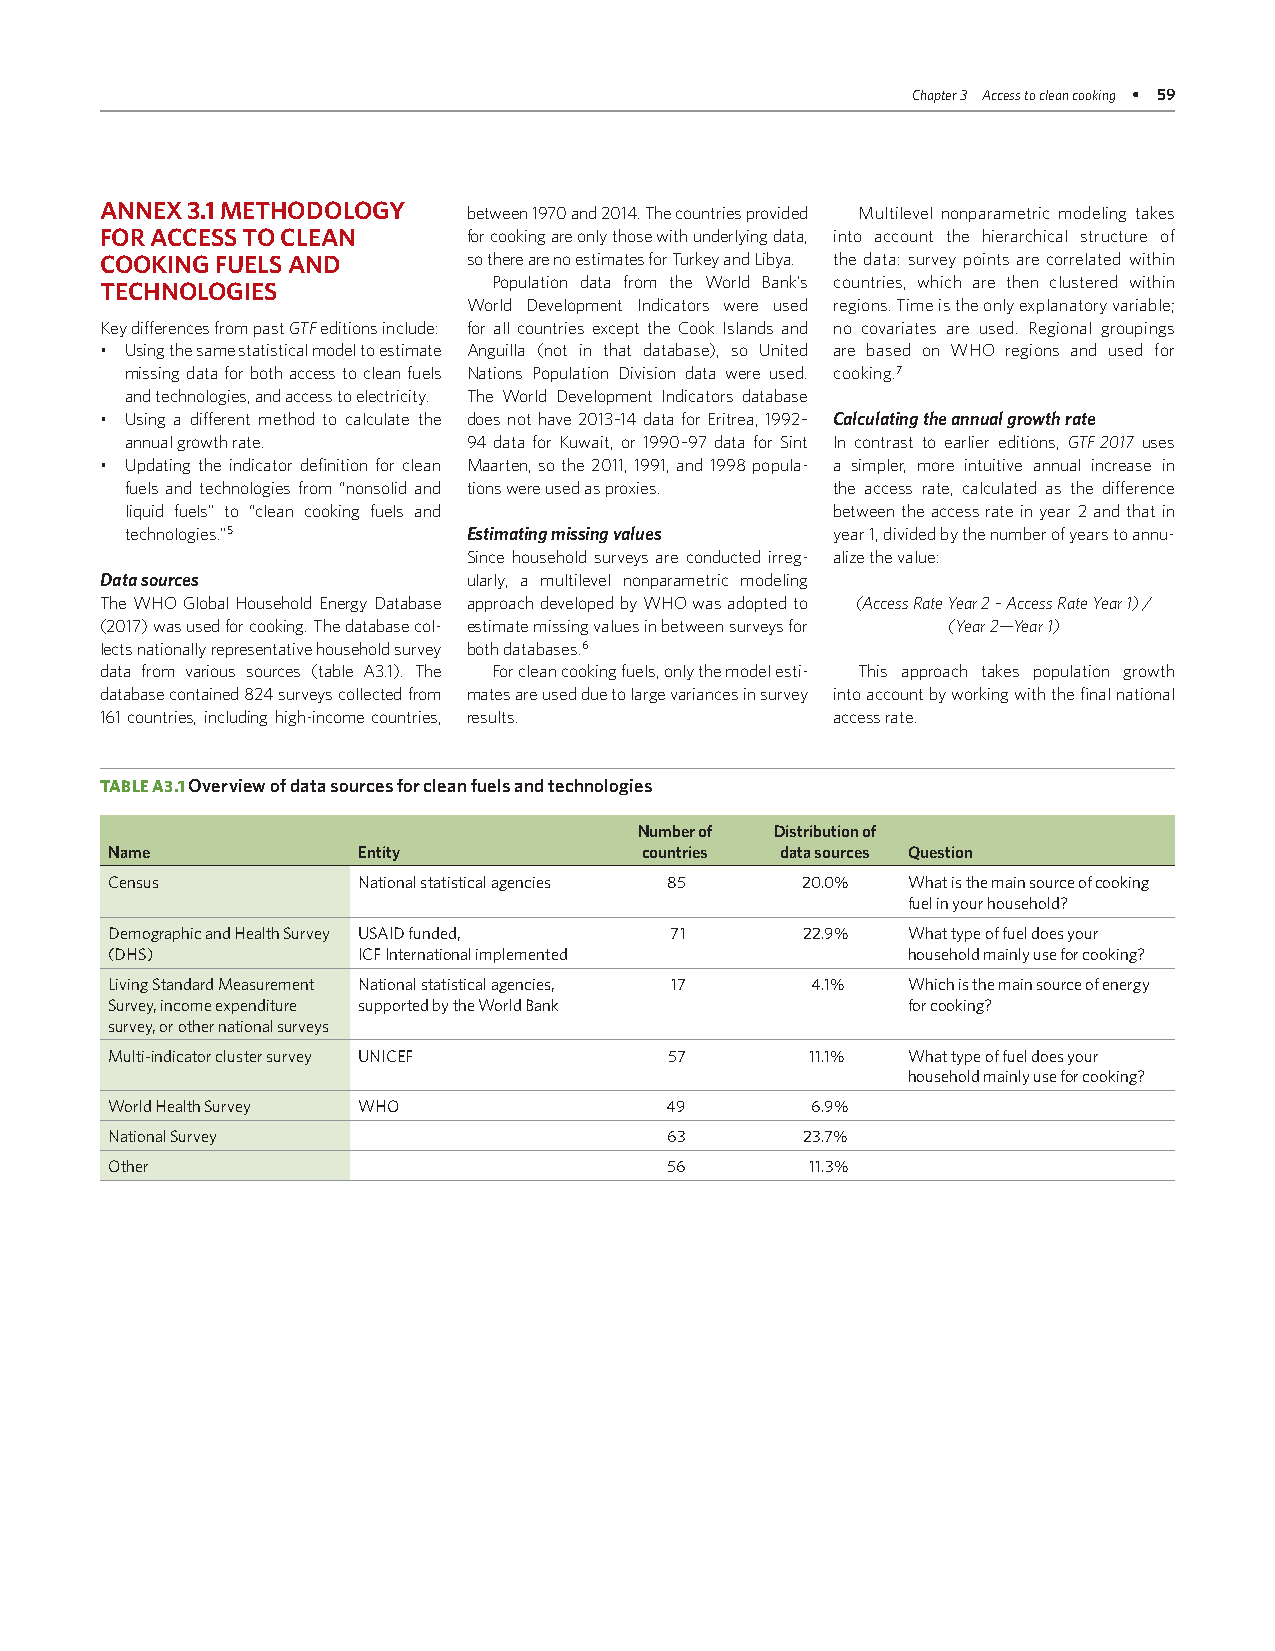
Chapter 3 Access to clean cooking • 59
 ANNEX 3.1 METHODOLOGY   between 1970 and 2014. The countries provided Multilevel nonparametric modeling takes
 FOR ACCESS TO CLEAN     for cooking are only those with underlying data, into account the hierarchical structure of
 COOKING FUELS AND       so there are no estimates for Turkey and Libya. the data: survey points are correlated within
 Population data from the World Bank’s countries, which are then clustered within
 TECHNOLOGIES
 World Development Indicators were used regions. Time is the only explanatory variable;
 Key differences from past GTF editions include: for all countries except the Cook Islands and no covariates are used. Regional groupings
 • Using the same statistical model to estimate Anguilla (not in that database), so United are based on WHO regions and used for
 missing data for both access to clean fuels Nations Population Division data were used. cooking.7
 and technologies, and access to electricity. The World Development Indicators database
 • Using a different method to calculate the does not have 2013–14 data for Eritrea, 1992– Calculating the annual growth rate
 annual growth rate.    94 data for Kuwait, or 1990–97 data for Sint In contrast to earlier editions, GTF 2017 uses
 • Updating the indicator definition for clean Maarten, so the 2011, 1991, and 1998 popula- a simpler, more intuitive annual increase in
 fuels and technologies from “nonsolid and tions were used as proxies. the access rate, calculated as the difference
 liquid fuels” to “clean cooking fuels and      between the access rate in year 2 and that in
 technologies.”5        Estimating missing values year 1, divided by the number of years to annu-
 Since household surveys are conducted irreg- alize the value:
 Data sources            ularly, a multilevel nonparametric modeling
 The WHO Global Household Energy Database approach developed by WHO was adopted to (Access Rate Year 2 – Access Rate Year 1) /
 (2017) was used for cooking. The database col- estimate missing values in between surveys for (Year 2 — Year 1)
 lects nationally representative household survey both databases.6
 data from various sources (table A3.1). The For clean cooking fuels, only the model esti- This approach takes population growth
 database contained 824 surveys collected from mates are used due to large variances in survey into account by working with the final national
 161 countries, including high-income countries, results. access rate.
 TABLE A3.1 Overview of data sources for clean fuels and technologies
 Number of Distribution of
 Name             Entity             countries data sources Question
 Census           National statistical agencies 85 20.0% What is the main source of cooking
 fuel in your household?
 Demographic and Health Survey USAID funded, 71 22.9% What type of fuel does your
 (DHS)            ICF International implemented       household mainly use for cooking?
 Living Standard Measurement National statistical agencies, 17 4.1% Which is the main source of energy
 Survey, income expenditure supported by the World Bank for cooking?
 survey, or other national surveys
 Multi-indicator cluster survey UNICEF 57       11.1% What type of fuel does your
 household mainly use for cooking?
 World Health Survey WHO              49        6.9%
 National Survey                      63       23.7%
 Other                                56        11.3%